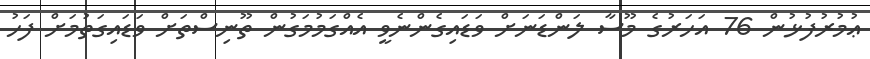
ޢުމުރުފުޅުން 76 އަހަރުގެ މޫސާ ލަންޑަނަށް ވަޑައިގެންނެވީ އެއްގަމުމަގުން ތޫނިސްތަށް ވަޑައިގަތުމަށް ފަހު